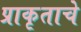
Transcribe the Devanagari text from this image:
प्राकृताचे